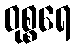
ဝုစ္စရေ